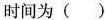
时间为()